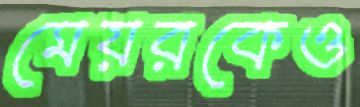
মেয়রকেও